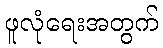
ဖူလုံရေးအတွက်